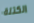
الكتلة